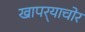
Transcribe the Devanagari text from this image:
खापर्‍याचोर